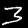
Label: 3